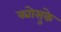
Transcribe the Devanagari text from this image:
क्योसुके